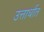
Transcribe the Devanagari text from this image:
उत्तार्धात